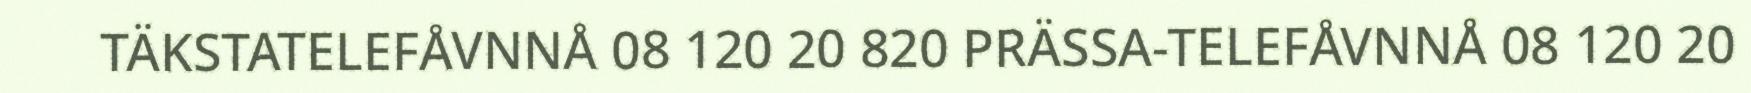
TÄKSTATELEFÅVNNÅ 08 120 20 820 PRÄSSA-TELEFÅVNNÅ 08 120 20